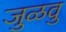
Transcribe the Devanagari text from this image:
जुळवु